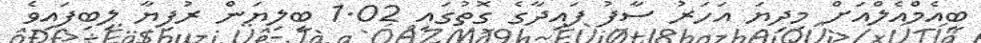
ބީއެމްއެލްއަށް މިދިޔަ އަހަރު ސާފު ފައިދާގެ ގޮތުގައި 1.02 ބިލިޔަން ރުފިޔާ ލިބިފައިވެ